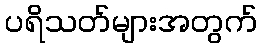
ပရိသတ်များအတွက်